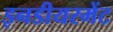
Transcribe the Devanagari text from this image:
इनडीयरमेंट